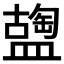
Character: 𥂩